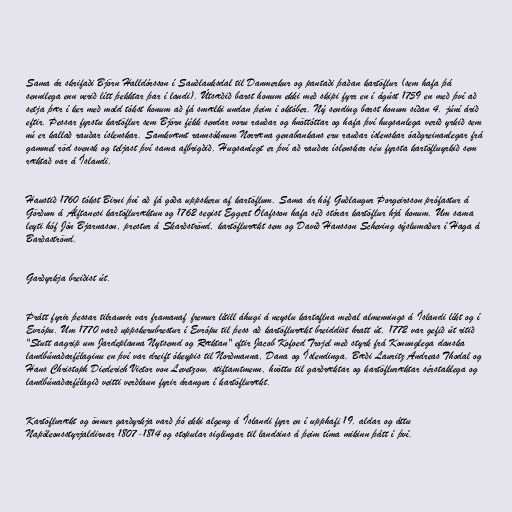
Sama ár skrifaði Björn Halldórsson í Sauðlauksdal til Danmerkur og pantaði þaðan kartöflur (sem hafa þá
sennilega enn verið lítt þekktar þar í landi). Útsæðið barst honum ekki með skipi fyrr en í ágúst 1759 en með því að
setja þær í ker með mold tókst honum að fá smælki undan þeim í október. Ný sending barst honum síðan 4. júní árið
eftir. Þessar fyrstu kartöflur sem Björn fékk sendar voru rauðar og hnöttóttar og hafa því hugsanlega verið yrkið sem
nú er kallað rauðar íslenskar. Samkvæmt rannsóknum Norræna genabankans eru rauðar íslenskar óaðgreinanlegar frá
gammel röd svensk og teljast því sama afbrigðið. Hugsanlegt er því að rauðar íslenskar séu fyrsta kartöfluyrkið sem
ræktað var á Íslandi.

Haustið 1760 tókst Birni því að fá góða uppskeru af kartöflum. Sama ár hóf Guðlaugur Þorgeirsson prófastur á
Görðum á Álftanesi kartöfluræktun og 1762 segist Eggert Ólafsson hafa séð stórar kartöflur hjá honum. Um sama
leyti hóf Jón Bjarnason, prestur á Skarðströnd, kartöflurækt sem og Davíð Hansson Scheving sýslumaður í Haga á
Barðaströnd.

Garðyrkja breiðist út.

Þrátt fyrir þessar tilraunir var framanaf fremur lítill áhugi á neyslu kartaflna meðal almennings á Íslandi líkt og í
Evrópu. Um 1770 varð uppskerubrestur í Evrópu til þess að kartöflurækt breiddist hratt út. 1772 var gefið út ritið
"Stutt aagrip um Jardeplanna Nytsemd og Ræktan" eftir Jacob Kofoed Trojel með styrk frá Konunglega danska
landbúnaðarfélaginu en því var dreift ókeypis til Norðmanna, Dana og Íslendinga. Bæði Lauritz Andreas Thodal og
Hans Christoph Diederich Victor von Levetzow, stiftamtmenn, hvöttu til garðræktar og kartöfluræktar sérstaklega og
landbúnaðarfélagið veitti verðlaun fyrir árangur í kartöflurækt.

Kartöflurækt og önnur garðyrkja varð þó ekki algeng á Íslandi fyrr en í upphafi 19. aldar og áttu
Napóleonsstyrjaldirnar 1807-1814 og stopular siglingar til landsins á þeim tíma mikinn þátt í því.